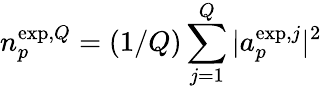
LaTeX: {n}_{p}^{\mathrm{exp},Q}=(1/Q)\sum_{j=1}^{Q}|a_{p}^{\mathrm{exp},j}|^{2}